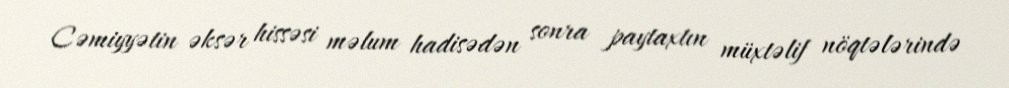
Cəmiyyətin əksər hissəsi məlum hadisədən sonra paytaxtın müxtəlif nöqtələrində